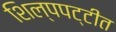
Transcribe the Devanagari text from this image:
शिल्पपट्टीत